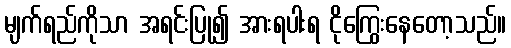
မျက်ရည်ကိုသာ အရင်းပြု၍ အားရပါးရ ငိုကြွေးနေတော့သည်။